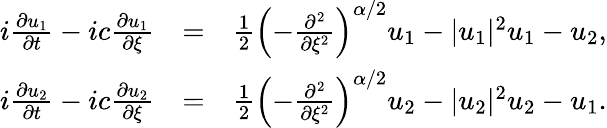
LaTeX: \begin{array}{rlr}{i\frac{\partial u_{1}}{\partial t}-ic\frac{\partial u_{1}}{\partial\xi}}&{=}&{\frac{1}{2}\left(-\frac{\partial^{2}}{\partial\xi^{2}}\right)^{\alpha/2}u_{1}-|u_{1}|^{2}u_{1}-u_{2},}\\ {i\frac{\partial u_{2}}{\partial t}-ic\frac{\partial u_{2}}{\partial\xi}}&{=}&{\frac{1}{2}\left(-\frac{\partial^{2}}{\partial\xi^{2}}\right)^{\alpha/2}u_{2}-|u_{2}|^{2}u_{2}-u_{1}.}\end{array}